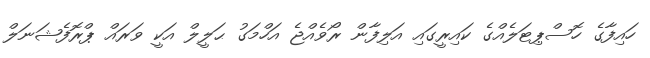
ހައިފާގެ ހޮސްޕިޓަލެއްގެ ކައިރީގައި އަލިފާން ރޯވެއްޖެ އަހްމަގު ޙަލީލް އަކީ ވަރައް ޕްރޮފެޝަނަލް